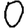
Digit: 0